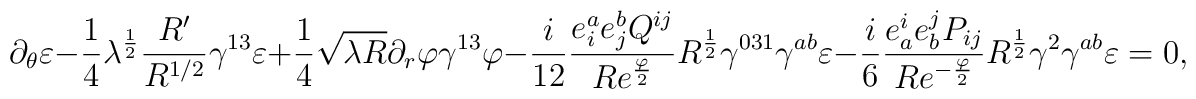
\partial_\theta \varepsilon - {1\over 4} \lambda^{1\over 2}{R^{\prime}\over R^{1/2}} \gamma^{13} \varepsilon + {1\over 4} \sqrt{\lambda R}\partial_r \varphi \gamma^{13} \varphi -{i \over {12}}{{e^a_i e^b_j Q^{ij}} \over {Re^{\varphi \over 2}}}R^{1\over 2} \gamma^{031} \gamma^{ab} \varepsilon -{i\over 6} {{e^i_a e^j_b P_{ij}} \over {Re^{-{\varphi \over 2}}}}R^{1\over 2}\gamma^2 \gamma^{ab}\varepsilon = 0,